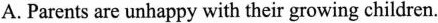
A. Parents are unhappy with their growing children.